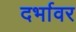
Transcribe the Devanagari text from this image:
दर्भावर